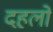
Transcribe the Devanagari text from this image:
दहलों